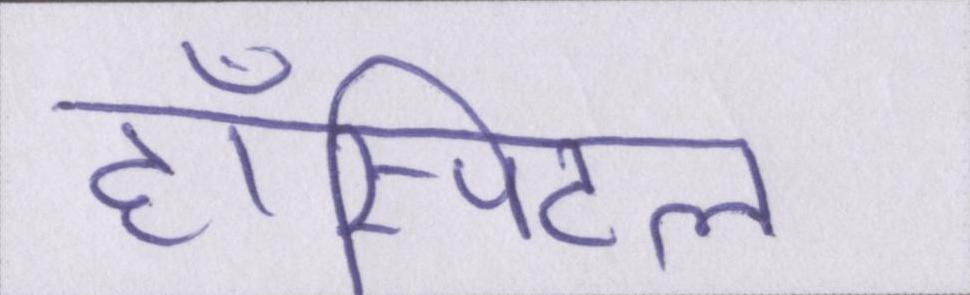
हॉस्पिटल